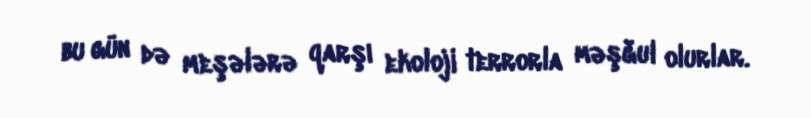
bu gün də meşələrə qarşı ekoloji terrorla məşğul olurlar.